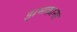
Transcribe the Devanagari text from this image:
झमकाना